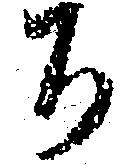
ち